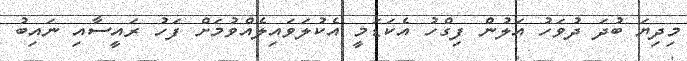
މިދިޔަ ބުދަ ދުވަހު އަލުން ފިގްހު އެކަޑަމީ އެކުލަވައިލެއްވުމަށް ފަހު ރައީސާއި ނައިބު